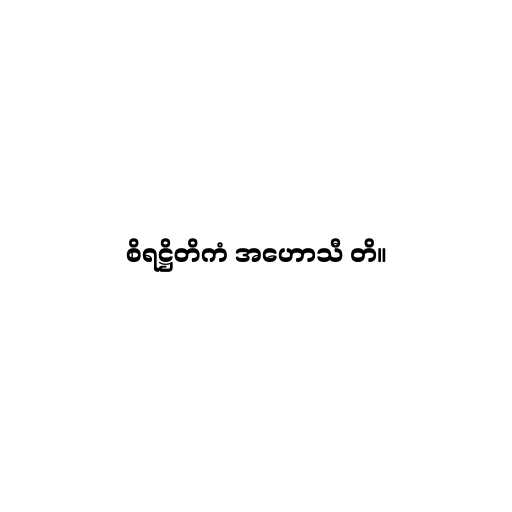
စိရဋ္ဌိတိကံ အဟောသီ တိ။